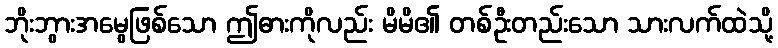
ဘိုးဘွားအမွေဖြစ်သော ဤဓားကိုလည်း မိမိ၏ တစ်ဦးတည်းသော သားလက်ထဲသို့